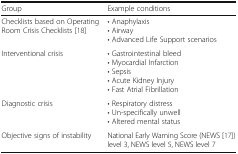
| Group | Example conditions |
 | --- | --- |
 | Checklists based on Operating Room Crisis Checklists [18] | • Anaphylaxis• Airway• Advanced Life Support scenarios |
 | Interventional crisis | • Gastrointestinal bleed• Myocardial Infarction• Sepsis• Acute Kidney Injury• Fast Atrial Fibrillation |
 | Diagnostic crisis | • Respiratory distress• Un-specifically unwell• Altered mental status |
 | Objective signs of instability | National Early Warning Score (NEWS [17]) level 3, NEWS level 5, NEWS level 7 |